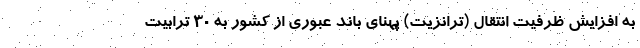
به افزایش ظرفیت انتقال (ترانزیت) پهنای باند عبوری از کشور به ۳۰ ترابیت